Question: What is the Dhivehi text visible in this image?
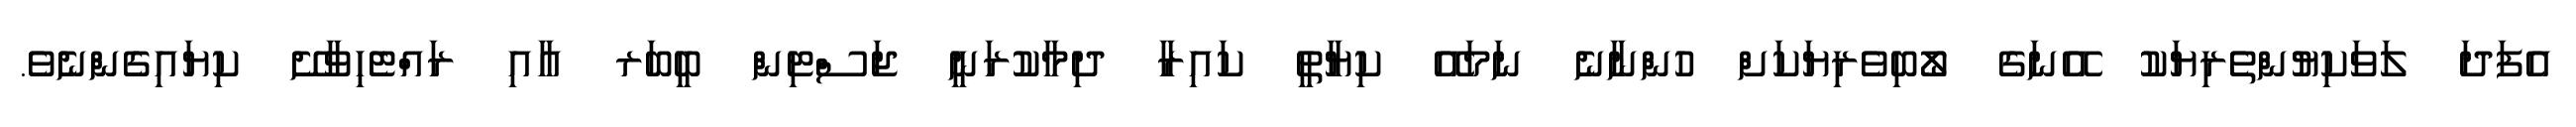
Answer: އެފަދަ ލަވަކިޔުންތެރިޔަކު އޭނަގެ ލޯބިވެރިޔަކަށް ހުންނާނެ ނަމައޭ ކިޔާތީ ކައިރާ ދިމާކުރަނީ ޖަސްޓިން ބީބަރ އާއި ރައްޓެހިވާށޭ ކިޔައިގެންނެވެ.